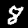
Label: 8